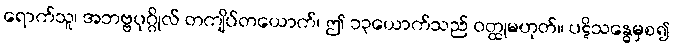
ရောက်သူ၊ အဘဗ္ဗပုဂ္ဂိုလ် တကျိပ်တယောက်၊ ဤ ၁၃ယောက်သည် ဝတ္ထုမဟုတ်။ ပဋိသန္ဓေမှစ၍